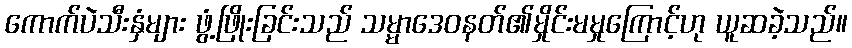
ကောက်ပဲသီးနှံများ ဖွံ့ဖြိုးခြင်းသည် သမ္မာဒေဝနတ်၏မှိုင်းမမှုကြောင့်ဟု ယူဆခဲ့သည်။